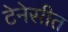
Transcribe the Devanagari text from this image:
टेनेसीत